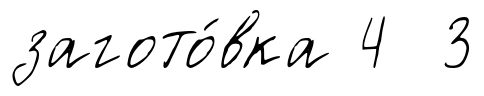
загото́вка 4 3